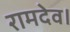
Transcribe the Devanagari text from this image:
रामदेव।